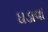
ઘડાવા